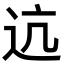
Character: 迒